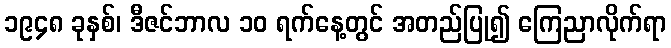
၁၉၄၈ ခုနှစ်၊ ဒီဇင်ဘာလ ၁၀ ရက်နေ့တွင် အတည်ပြု၍ ကြေညာလိုက်ရာ